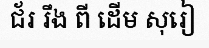
ជ័រ រឹង ពី ដើម សុរៀ